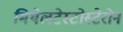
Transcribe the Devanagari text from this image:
मिथेलटेस्टोस्टेरोन